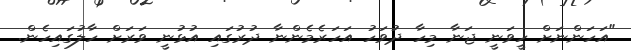
"އަހަންނަށް ހީވަނީ ޖަނާ މިހާ ދުވަހު އަހަރެމެންނާ ދުރުގައި އުޅުނީ ވަރަށް ހާލުގައިހެން.